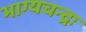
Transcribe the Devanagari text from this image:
भाग्यचन्द्रः